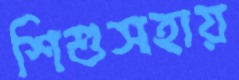
শিশুসহায়